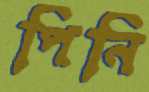
পিনি